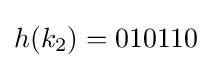
h(k_{2})=010110